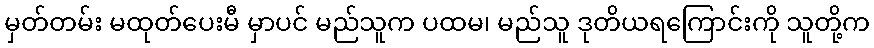
မှတ်တမ်း မထုတ်ပေးမီ မှာပင် မည်သူက ပထမ၊ မည်သူ ဒုတိယရကြောင်းကို သူတို့က